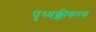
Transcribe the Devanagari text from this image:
पृथ्थक्कीकरण